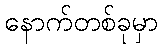
နောက်တစ်ခုမှာ